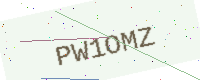
Text: PW1OMZ